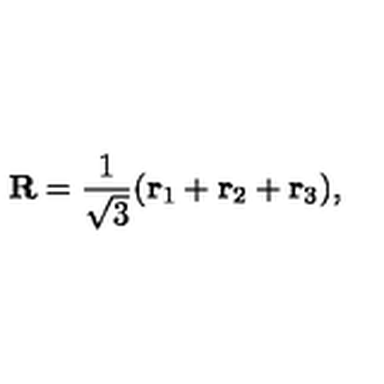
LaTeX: { \bf R } = \frac { 1 } { \sqrt { 3 } } ( { \bf r } _ { 1 } + { \bf r } _ { 2 } + { \bf r } _ { 3 } ) ,